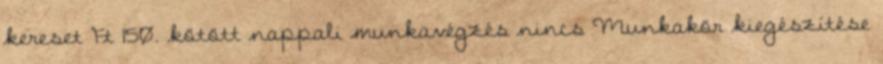
kereset Ft 150. kötött nappali munkavégzés nincs Munkakör kiegészítése